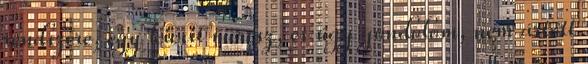
rendszere, egy kicsit merész, és úgy gondolom, nem ártott